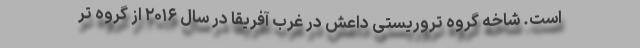
است. شاخه گروه تروریستی داعش در غرب آفریقا در سال ۲۰۱۶ از گروه تر